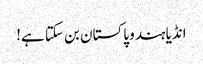
انڈیا ہندو پاکستان بن سکتا ہے!